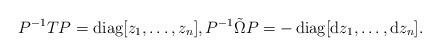
LaTeX: \begin{align*} P^{-1}TP=\operatorname{diag}[ z_1, \dots, z_n ], P^{-1}\tilde{\Omega}P= -\operatorname{diag} [ {\rm d}z_1, \dots, {\rm d}z_n ].\end{align*}